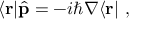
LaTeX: \langle \mathbf { r } | { \hat { \mathbf { p } } } = - i \hbar \nabla \langle \mathbf { r } | ~ ,